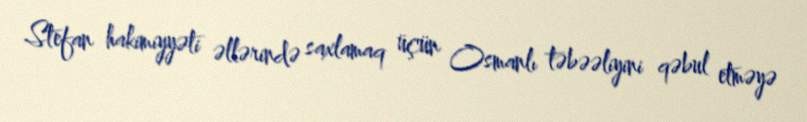
Stefan hakimiyyəti əllərində saxlamaq üçün Osmanlı təbəəliyini qəbul etməyə